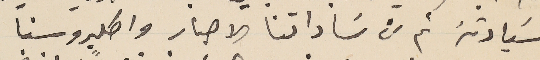
سَيادتهُ ثم من سَاداتنا الاحبار واكليروسنا